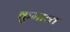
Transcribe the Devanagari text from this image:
कुमाव्त